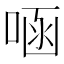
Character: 㖤